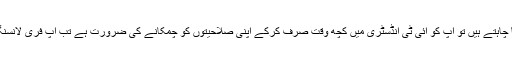
اگر آپ فری لانسر بننا چاہتے ہیں تو آپ کو آئی ٹی انڈسٹری میں کچھ وقت صرف کرکے اپنی صلاحیتوں کو چمکانے کی ضرورت ہے تب آپ فری لانسنگ کا کام شروع کریں۔